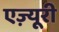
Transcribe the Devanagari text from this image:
एज़्यूरी